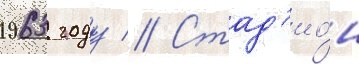
1963 году // Стад'ио́н